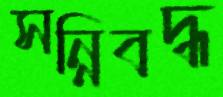
সন্নিবদ্ধ